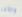
والأخر